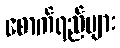
စောက်ရည်များ